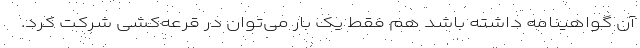
آن گواهینامه داشته باشد هم فقط یک بار می‌توان در قرعه‌کشی شرکت کرد.